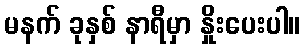
မနက် ခုနှစ် နာရီမှာ နှိုးပေးပါ။